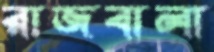
রাজবালা